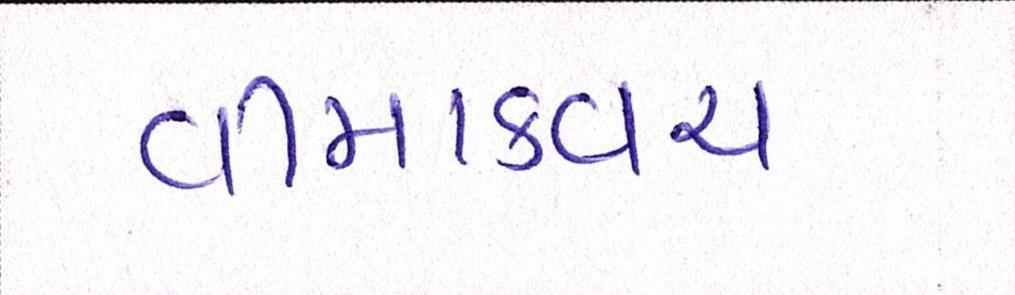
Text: વીમાકવચ